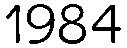
1984